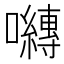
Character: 𭌯